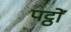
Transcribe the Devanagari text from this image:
पट्ठों